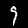
Digit: 9